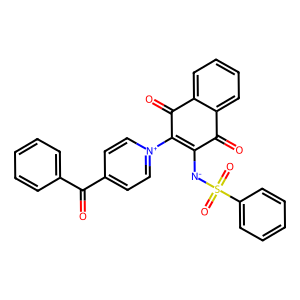
SMILES: O=C(c1ccccc1)c1cc[n+](C2=C([N-]S(=O)(=O)c3ccccc3)C(=O)c3ccccc3C2=O)cc1
Inhibits HIV replication: No